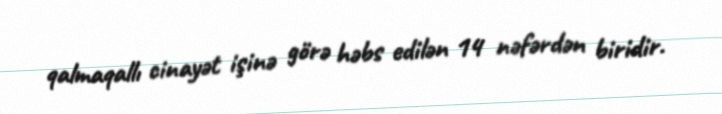
qalmaqallı cinayət işinə görə həbs edilən 14 nəfərdən biridir.